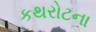
કથરોટના